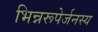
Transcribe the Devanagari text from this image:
भिन्नरूपेर्जनस्य